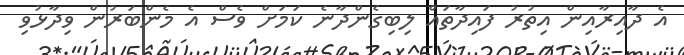
އެ ދާއިރާއިން އިތުރު ފައިދާތައް ލިބިގެންދާނެ ކަމަށް ވެސް އެ މެންބަރުން ވިދާޅުވި